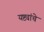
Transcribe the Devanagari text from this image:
यष्ट्यांचे